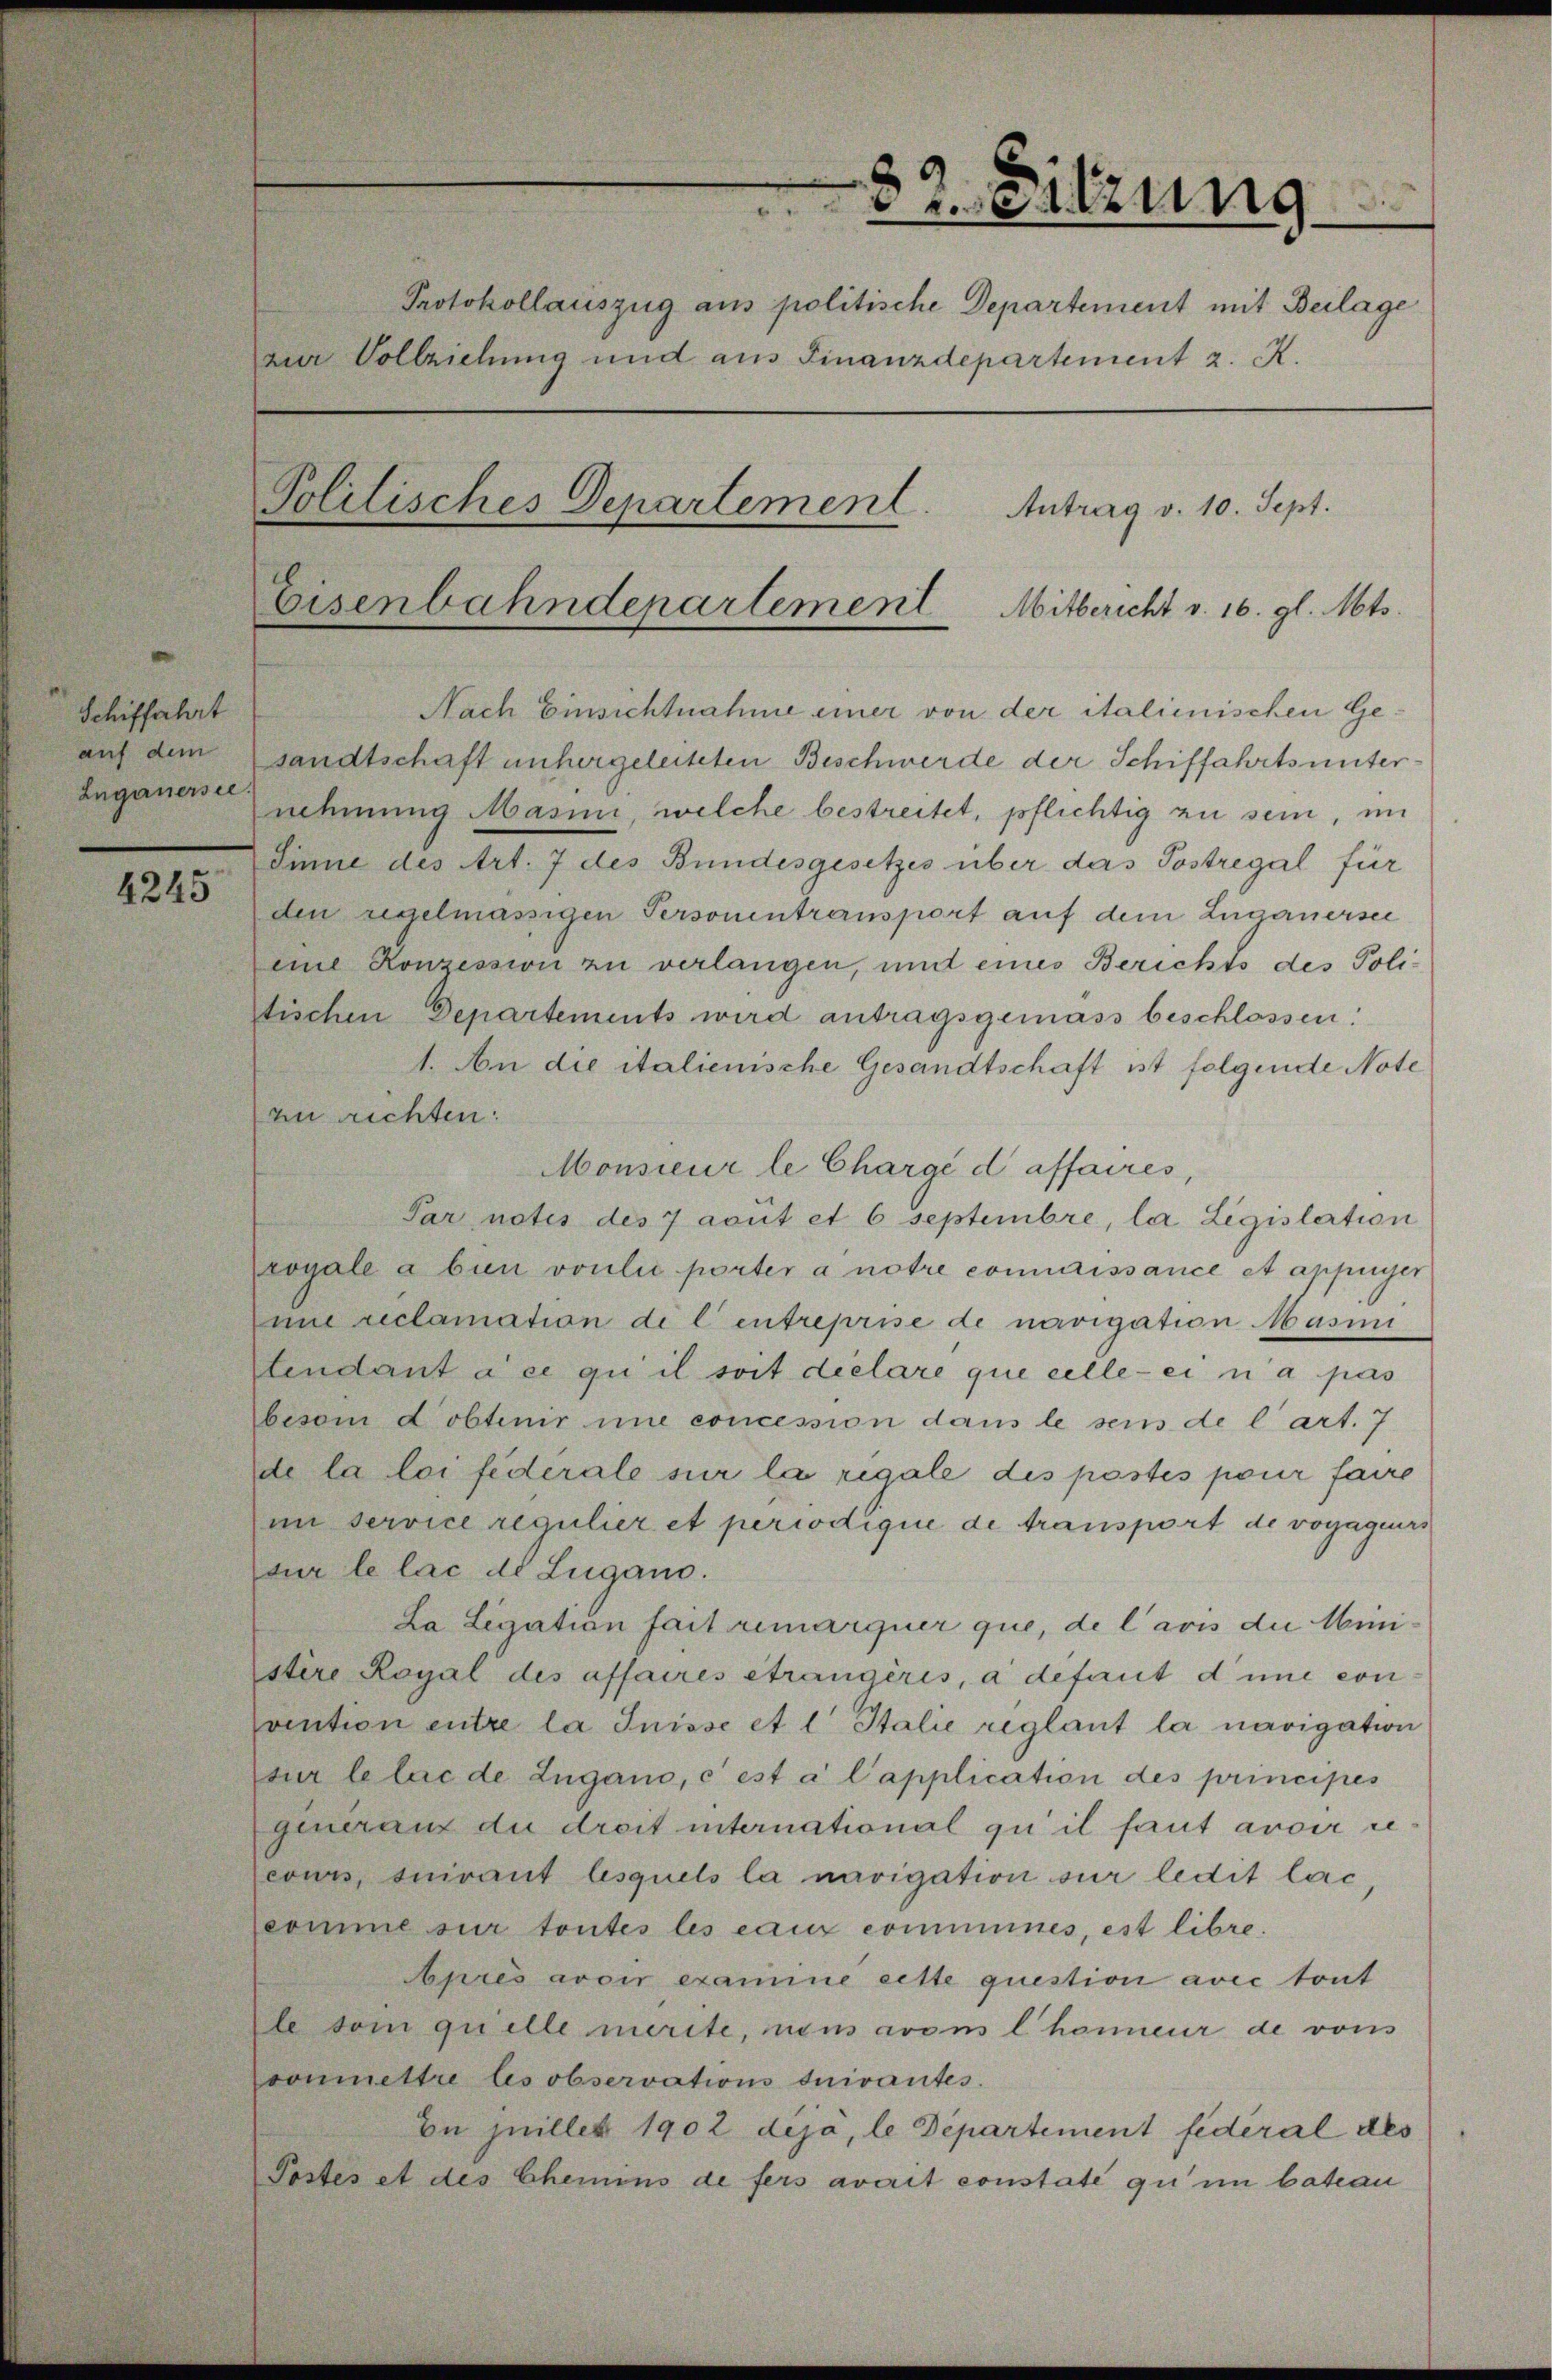
Schiffahrt
Luganersee.

4245

x

Sitzung
Protokollauszug aus politische Departement mit Beilage
zur Vollziehung und aus Finanzdepartement z. R.
Politisches Departement.
Antrag v. 10. Sept.
Eisenbahndepartement Mitbericht v. 16. gl. Mts.

Nach Einsichtnahme einer von der italienischen Geauf dem sandtschaft untergeleiteten Beschwerde der Schiffahrtsunternehmung Masini, welche bestreitet, pflichtig zu sein, in
Sinne des Art. 7 des Bundesgesetzes über das Postregal für
den regelmässigen Personentransport auf dem Luganersee
eine Konzession zu verlangen, und eines Berichts des Politischen Departements wird antragsgemäss beschlossen:
1. An die italienische Gesandtschaft ist folgende Note
an richten:
Monsieur le Chargé d affaires,
Par notes des 7 aout et 6 Septembre, la Ligislation
zogale a bien voulie porter a notre commissance et appinger
une reclamation de l entreprise de navigation Masin
tendant à ce qui il soit dielare que celle-ci n’a pas
beson d obtenir une concession dans le sein de l’art. 7.
de la loi fédérale sur la rigale des postes pour faire
im service regulier et periodique de transport de vogageurs
sur le lac de Lugano.
La Legation fait remarquer que, de l’avis die Ministire Royal des affaires étrangères, à défaut d’une con
vention entre la Suisse et l Italie reglant la navigation
sur le lac de Lugano, c est à l’application des principes
generanz du droit international qu’ il faut avoir se
cours, ouirant lesquels la navigation sur ledit leic
comme sur toutes les eaux communes, est libre.
Après avoir examine cette question avec tout
te vom quelle merite, nens vom l. honneur de vons
conmmettre les observations suivantes.
In quillet 1902 dija, le Departement fidéral des
Postes et des Chemins de fers averit constate qu’ im bateau